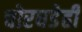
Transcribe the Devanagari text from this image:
चोरघडेही